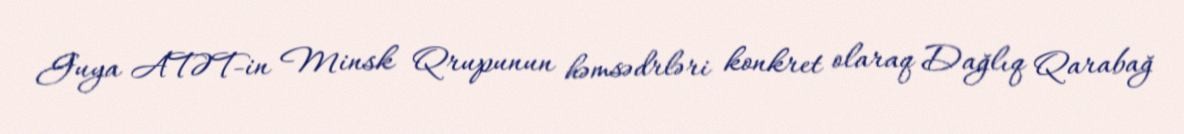
Guya ATƏT-in Minsk Qrupunun həmsədrləri konkret olaraq Dağlıq Qarabağ